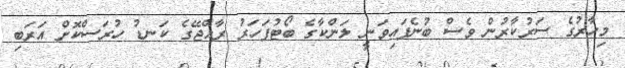
މިހާރުގެ ސަރުކާރުން ވެސް ބުނެފައިވަނީ ލަންކާގެ ބޯޓުފަހަރު ރާއްޖޭގެ ކަނޑު ހުރަސްކޮށް އަރަބި